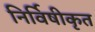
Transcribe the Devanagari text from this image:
निर्विषीकृत